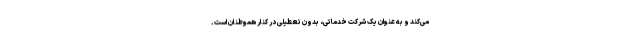
می‌کند و به عنوان یک شرکت خدماتی، بدون تعطیلی در کنار هموطنان است.